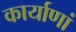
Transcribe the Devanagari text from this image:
कार्याणां